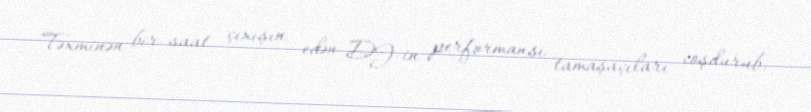
Təxminən bir saat çıxışın edən DJ-in performansı tamaşaçıları coşdurub.